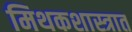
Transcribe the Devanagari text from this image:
मिथकशास्त्रात